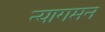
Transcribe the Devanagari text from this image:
न्यागमन